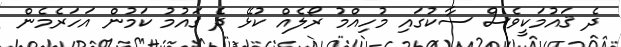
ދެ ޤައުމަކީވެސް ސާކުގައި މުހިއްމު ރޯލެއް ކުޅޭ ދެ ޤައުމު ކަމުން އަހަރެމެން